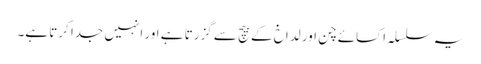
یہ سلسلہ اکسائے چن اور لداخ کے بیچ سے گزرتا ہے اور انہیں جدا کرتا ہے۔